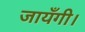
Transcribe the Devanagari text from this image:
जायँगी।